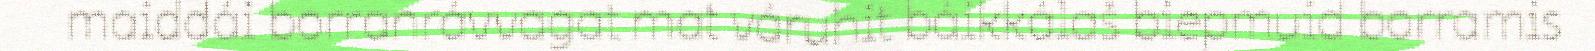
maiddái borranrávvagat mat váruhit báikkálaš biepmuid borramis